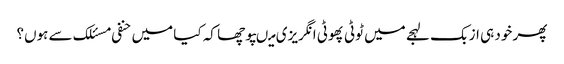
پھر خود ہی ازبک لہجے میں ٹوٹی پھوٹی انگریزی میںپوچھا کہ کیا میں حنفی مسئلک سے ہوں؟